Sketch of the medical history of the native army of Bombay, for the year
Year: 1876
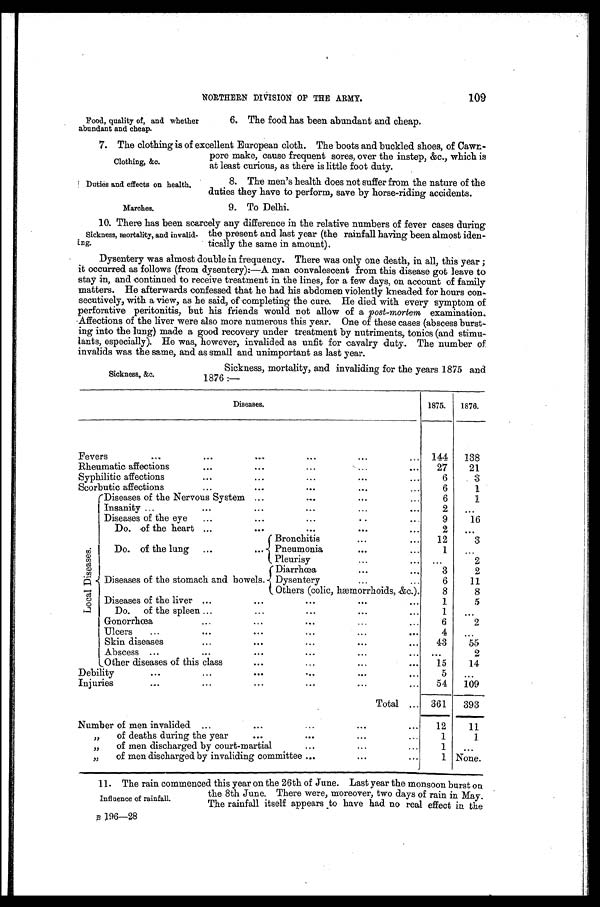
Duties and effects on health.
Marches.
NORTHERN DIVISION OF THE ARMY.
109
Food, quality of, and whether
abundant and cheap.
6. The food has been abundant and cheap.
7. The clothing is of excellent European cloth. The boots and buckled shoes, of Cawn-
pore make, cause frequent sores, over the instep, &c., which is
at least curious, as there is little foot duty.
Clothing, &c.
8. The men’s health does not suffer from the nature of the
duties they have to perform, save by horse-riding accidents.
9. To Delhi.
10. There has been scarcely any difference in the relative numbers of fever cases during
the present and last year (the rainfall having been almost iden-
tically the same in amount).
Dysentery was almost double in frequency. There was only one death, in all, this year ;
it occurred as follows (from dysentery):—A man convalescent from this disease got leave to
stay in, and continued to receive treatment in the lines, for a few days, on account of family
matters. He afterwards confessed that he had his abdomen violently kneaded for hours con-
secutively, with a view, as he said, of completing the cure. He died with every symptom of
perforative peritonitis, but his friends would not allow of a post-mortem examination.
Affections of the liver were also more numerous this year. One of these cases (abscess burst
-ing into the lung) made a good recovery under treatment by nutriments, tonics (and stimu
- l a n t s , e s p e c i a l l y ) . H e w a s , h o w e v e r , i n v a l i d e d a s u n f i t f o r c a v a l r y d u t y . T h e n u m b e r o f
invalids was the same, and as small and unimportant as last year.
Sickness, mortality, and invalid-
ing.
Sickness, &c.
Sickness, mortality, and invaliding for the years 1875 and
1876 :—
Diseases.
1875.
1876.
Fevers
...
...
...
. . . . . .
. . .
. . .
144
1 3 8
Rheumatic affections
...
...
...
...
27
21
Syphilitic affections
...
...
...
. . .
. . .
6
3
Scorbutic affections
. . .
. . .
. . .
. . .
. . .
6
1
L o c a l D i s e a s e s .
Diseases of the Nervous System ...
...
... ...
6
1
Insanity ...
...
. . .
.
.
. . . .
. . .
2
...
Diseases of the eye
...
...
...
. . .
9
16
Do . of the heart ...
...
...
...
. . .
2
. . .
Do. of the lung ...
Bronchitis
...
. .
.
12
3
Pneumonia
...
...
1
...
Pleurisy
...
... ...
2
Diseases of the stomach and bowels.
Diarrhœa
... ...
3
2
Dysentery...
...
6
1 1
Others (colic, hæmorrhoids, &c.).
8
8
Diseases of the liver ...
. . .
. . .
...
...
1
5
Do. of the spleen ...
...
...
...
...
1
...
Gonorrhœa
...
...
...
. . .
. . .
6
2
Ulcers
...
...
...
...
...
...
4
. . .
Skin diseases
...
...
...
...
. . .
43
55
Abscess ...
...
...
...
...
. . .
. . .
2
Other diseases of this class
...
...
...
...
15
14
Debility
...
...
...
...
...
...
5
...
Injuries
...
...
...
...
...
54
109
Total ... 361
393
Number of men invalided ...
...
...
...
. . .
12
11
„
of deaths during the year
...
...
...
...
1
1
„
of men discharged by court-martial
...
...
...
1
...
„
of men discharged by invaliding committee ...
...
1 None.
11. The rain commenced this year on the 26th of June. Last year the monsoon burst on
the 8th June. There were, moreover, two days of rain in May.
The rainfall itself appears to have had no real effect in the
B 1 9 6 - 2 8
Influence of rainfall.